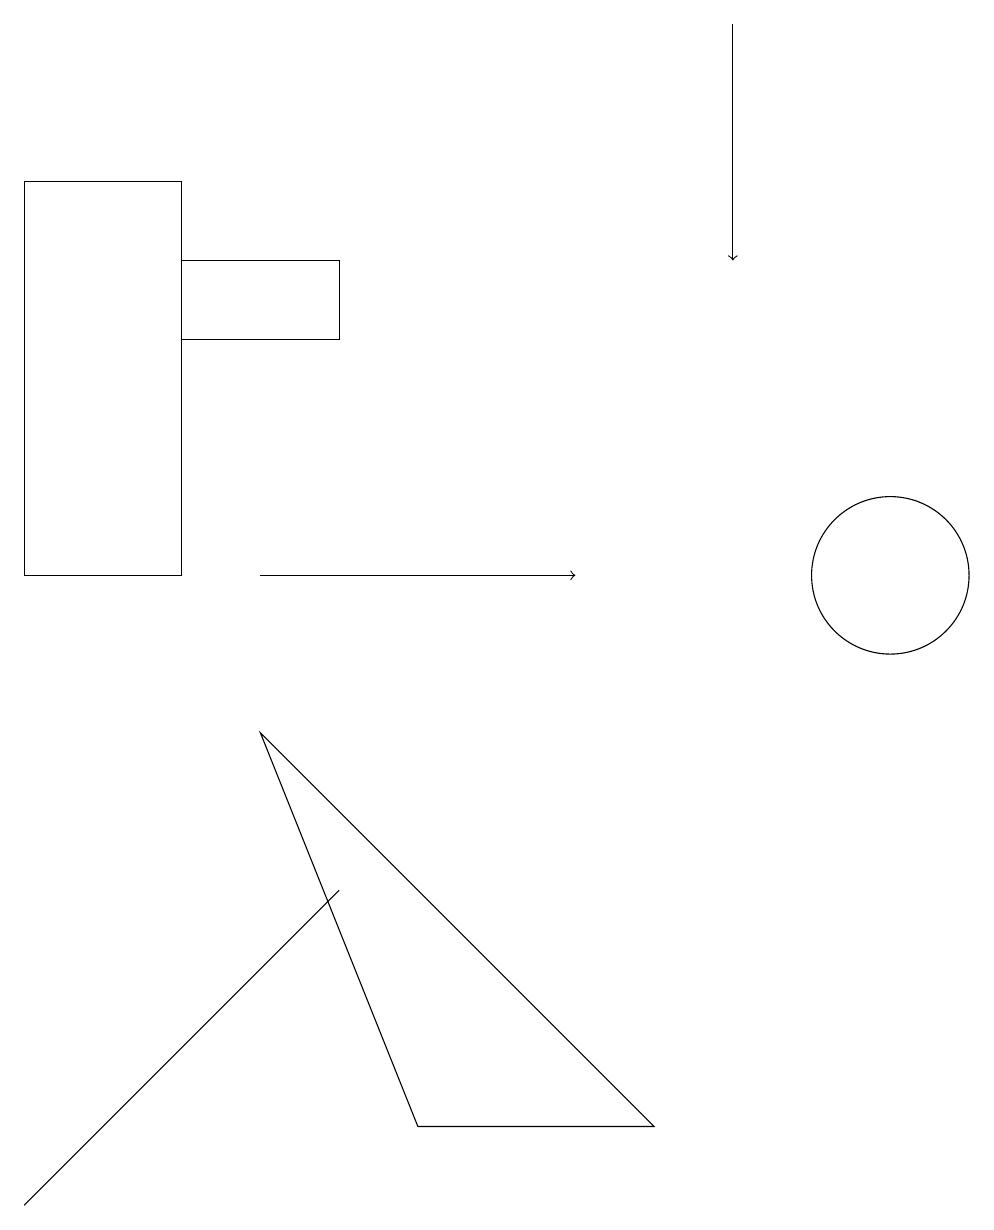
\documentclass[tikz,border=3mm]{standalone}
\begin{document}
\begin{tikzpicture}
\draw (4,13) rectangle (2,14);
\draw (0,15) rectangle (2,10);
\draw[->] (9,17) -- (9,14);
\draw[->] (3,10) -- (7,10);
\draw (11,10) circle (1);
\draw (3,8) -- (5,3) -- (8,3) -- cycle;
\draw (0,2) -- (4,6) -- (3,5) -- cycle;
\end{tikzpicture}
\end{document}